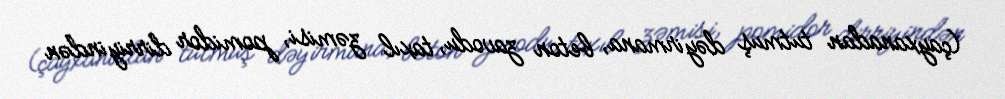
(çayxanadan tutmuş dəyirmana, beton zavodu, taxıl zəmisi, pomidor dirriyindən